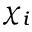
\chi _ { i }